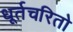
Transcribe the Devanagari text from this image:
धूर्तचरितो